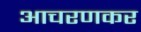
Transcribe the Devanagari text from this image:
आचरणकर